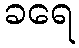
ခရေ